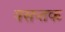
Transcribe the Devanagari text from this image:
वसन्तक